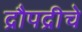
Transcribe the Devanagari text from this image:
द्रौपद्रीचे